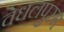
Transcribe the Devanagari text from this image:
वेधलपुरम